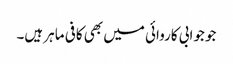
جو جوابی کاروائی میں بھی کافی ماہر ہیں۔